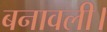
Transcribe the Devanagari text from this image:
बनावली।